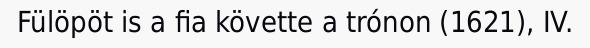
Fülöpöt is a fia követte a trónon (1621), IV.